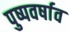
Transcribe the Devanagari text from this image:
पुष्पवर्षाव